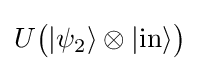
U{\big (}|\psi _{2}\rangle \otimes |{\text{in}}\rangle {\big )}